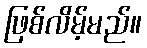
ဖြစ်လိမ့်မည်။